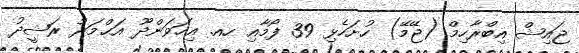
ޖައިޝް އިބްރާހިމް (ޖޭމޭ) ހުށަހެޅި 39 ފޯމާއި ހއ. އިހަވަންދޫ އަޙްމަދު ރަޝީދު